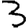
Digit: 3